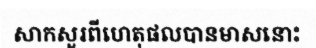
សាកសួរពីហេតុផលបានមាសនោះ